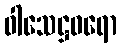
ဝါသေဋ္ဌဝရော